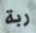
ربة